Indian journal of veterinary science and animal husbandry - Volumes 22-23, 1952-1953
Year: 1952
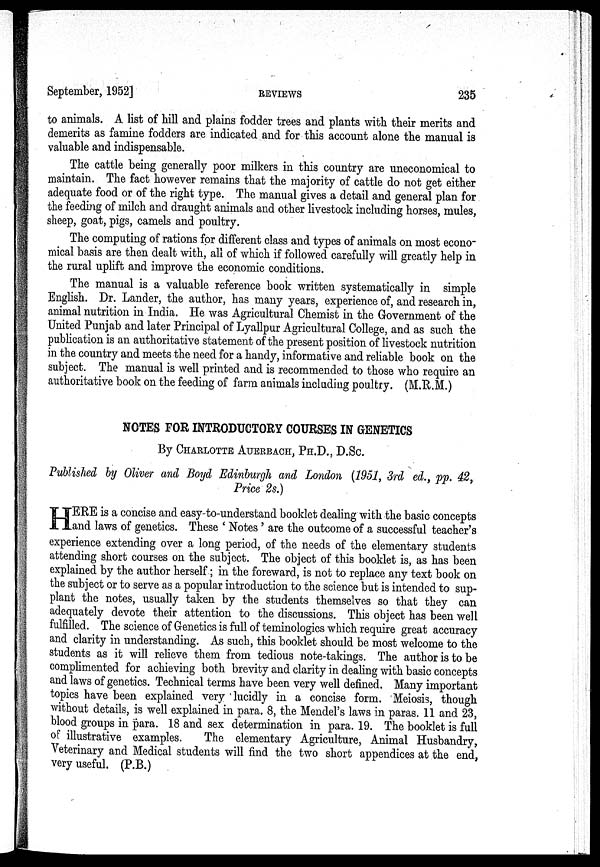
September, 1952]
REVIEWS
235
to animals. A list of hill and plains fodder trees and plants with their merits and
demerits as famine fodders are indicated and for this account alone the manual is
valuable and indispensable.
The cattle being generally poor milkers in this country are uneconomical to
maintain. The fact however remains that the majority of cattle do not get either
adequate food or of the right type. The manual gives a detail and general plan for
the feeding of milch and draught animals and other livestock including horses, mules,
sheep, goat, pigs, camels and poultry.
The computing of rations for different class and types of animals on most econo-
mical basis are then dealt with, all of which if followed carefully will greatly help in
the rural uplift and improve the economic conditions.
The manual is a valuable reference book written systematically in simple
English. Dr. Lander, the author, has many years, experience of, and research in,
animal nutrition in India. He was Agricultural Chemist in the Government of the
United Punjab and later Principal of Lyallpur Agricultural College, and as such the
publication is an authoritative statement of the present position of livestock nutrition
in the country and meets the need for a handy, informative and reliable book on the
subject. The manual is well printed and is recommended to those who require an
authoritative book on the feeding of farm animals including poultry. (M.R.M.)
NOTES FOR INTRODUCTORY COURSES IN GENETICS
By CHARLOTTE AUERBACH, PH.D., D.Sc.
Published by Oliver and Boyd Edinburgh and London (1951, 3rd ed., pp. 42,
Price 2s.)
H ERE is a concise and easy-to-understand booklet dealing with the basic concepts
and laws of genetics. These ' Notes ' are the outcome of a successful teacher's
experience extending over a long period, of the needs of the elementary students
attending short courses on the subject. The object of this booklet is, as has been
explained by the author herself; in the foreward, is not to replace any text book on
the subject or to serve as a popular introduction to the science but is intended to sup-
plant the notes, usually taken by the students themselves so that they can
adequately devote their attention to the discussions. This object has been well
fulfilled. The science of Genetics is full of teminologics which require great accuracy
and clarity in understanding. As such, this booklet should be most welcome to the
students as it will relieve them from tedious note-takings. The author is to be
complimented for achieving both brevity and clarity in dealing with basic concepts
and laws of genetics. Technical terms have been very well defined. Many important
topics have been explained very 'lucidly in a concise form. Meiosis, though
without details, is well explained in para. 8, the Mendel's laws in paras. 11 and 23,
blood groups in para. 18 and sex determination in para. 19. The booklet is full
of illustrative examples.
The elementary Agriculture, Animal Husbandry,
Veterinary and Medical students will find the two short appendices at the end,
very useful. (P.B.)